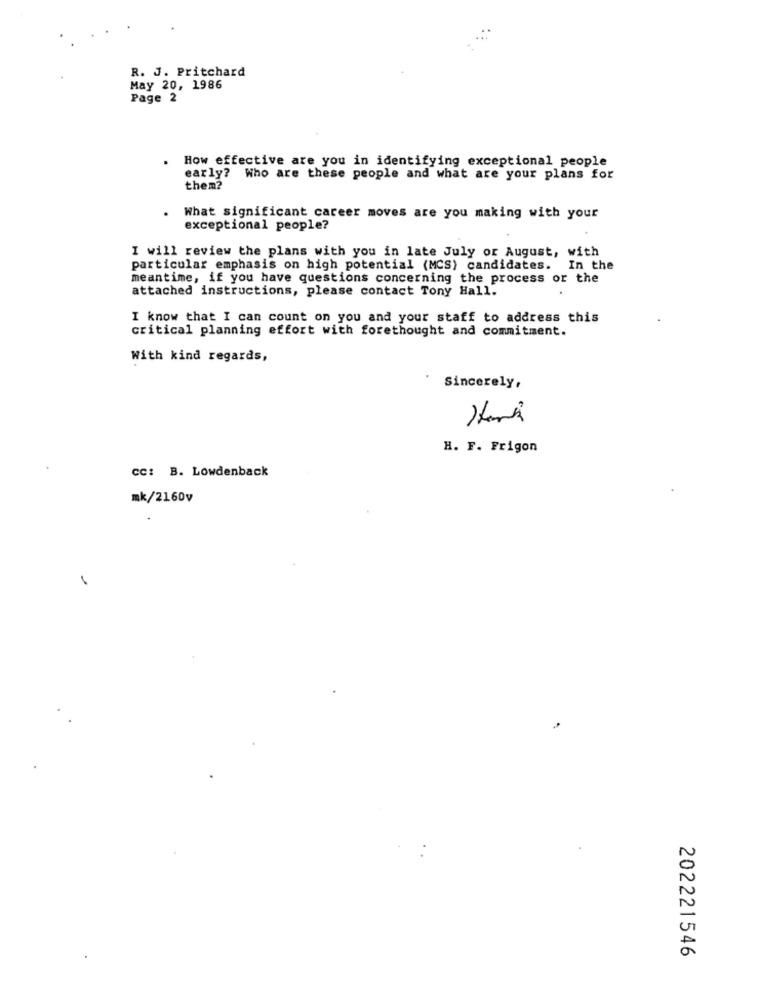
R. J. Pritchard
May 20, 1986
Page 2
. How effective are you in identifying exceptional people
early? Who are these people and what are your plans for
them?
. What significant career moves are you making with your
exceptional people?
I will review the plans with you in late July or August, with
particular emphasis on high potential (MCS) candidates. In the
meantime, if you have questions concerning the process or the
attached instructions, please contact Tony Hall.
I know that I can count on you and your staff to address this
critical planning effort with forethought and commitment.
With kind regards,
Sincerely,
H. F. Frigon
CC: B. Lowdenback
mk/2160v
202221546